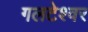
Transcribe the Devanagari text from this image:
गलटेश्वर